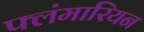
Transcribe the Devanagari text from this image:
फ्लंमारियन